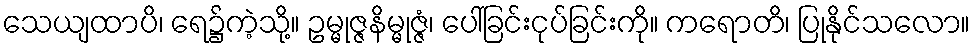
သေယျထာပိ၊ ရေ၌ကဲ့သို့။ ဥမ္မုဇ္ဇနိမ္မုဇ္ဇံ၊ ပေါ်ခြင်းငုပ်ခြင်းကို။ ကရောတိ၊ ပြုနိုင်သလော။